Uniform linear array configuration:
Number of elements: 48
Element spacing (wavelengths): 1
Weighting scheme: binomial
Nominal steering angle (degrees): -45
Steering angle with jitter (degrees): -45.778
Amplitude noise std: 0.05
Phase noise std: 0.05

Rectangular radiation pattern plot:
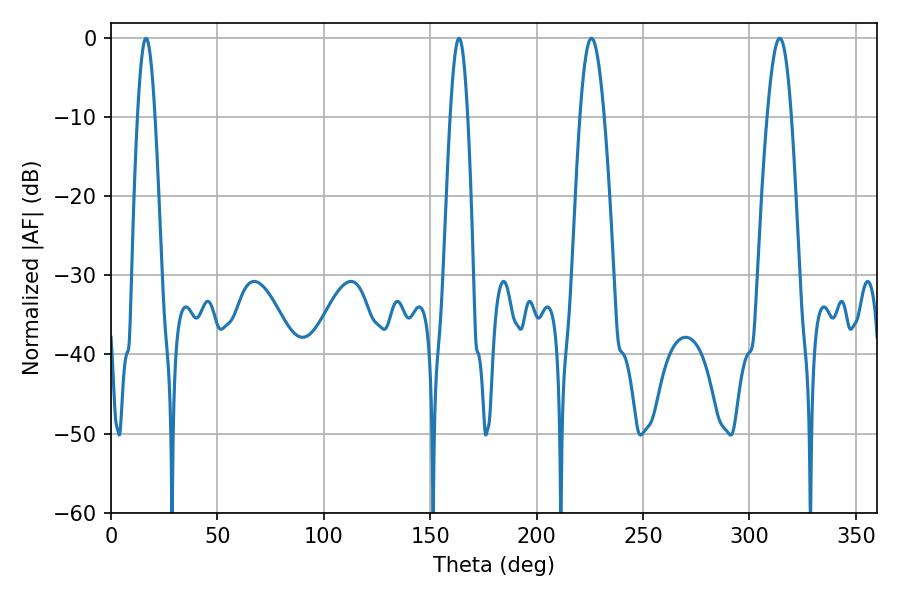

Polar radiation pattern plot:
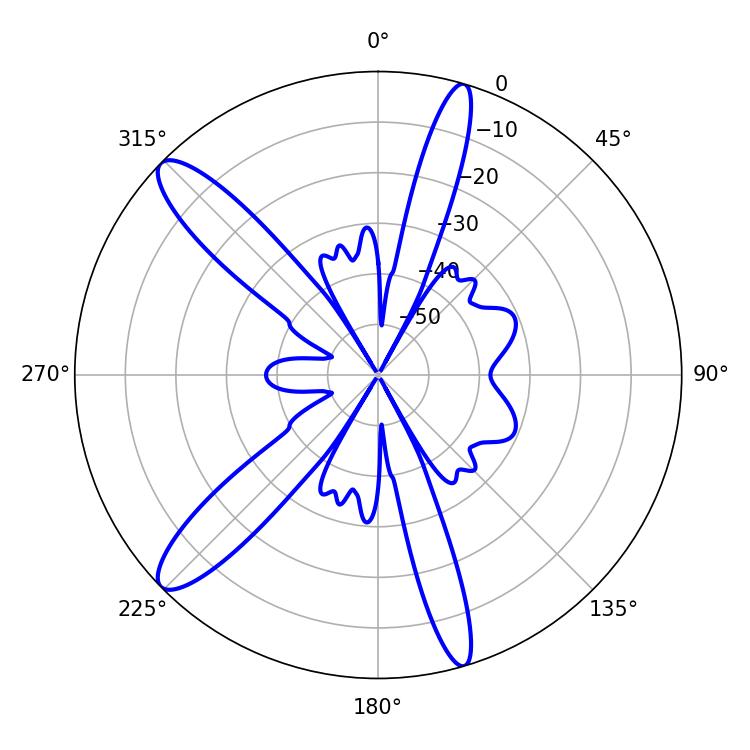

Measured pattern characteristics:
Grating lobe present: TRUE
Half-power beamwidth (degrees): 6.12
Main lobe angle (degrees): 314.28